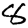
Digit: 8